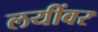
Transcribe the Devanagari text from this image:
लयींवर